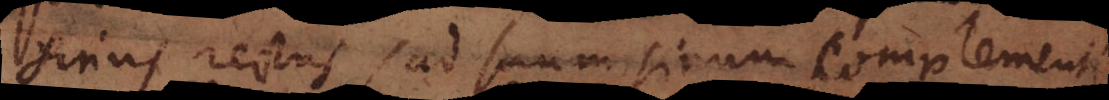
sinus rectus, ad suum sinum complementi